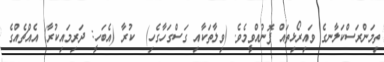
ތިމަންރަސްކަލާނގެ ވައިރޯޅިތައް ފޮނުއްވީމެވެ. (ވިލާތަކާއި ގަސްގަހާގެހި)  ކުރާ (އެބަހީ: ދަރިމައިކުރާ) އެއްޗެއްގެ